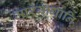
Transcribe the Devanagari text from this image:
मारगागानि